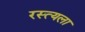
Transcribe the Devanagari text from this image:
रस्त्यला